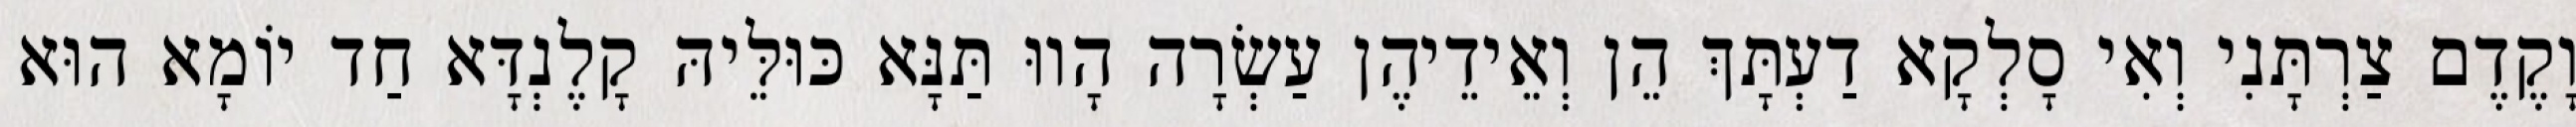
וָקֶדֶם צַרְתָּנִי וְאִי סָלְקָא דַעְתָּךְ הֵן וְאֵידֵיהֶן עַשְׂרָה הָווּ תַּנָּא כּוּלֵּיהּ קָלֶנְדָּא חַד יוֹמָא הוּא